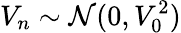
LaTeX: V_{n}\sim\mathcal{N}(0,V_{0}^{2})